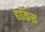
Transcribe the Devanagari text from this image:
हार्किस